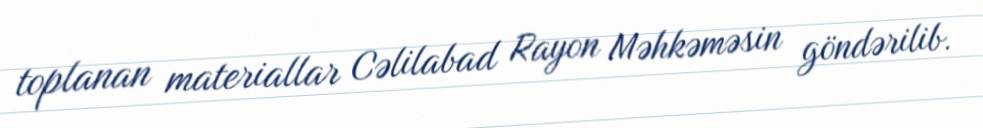
toplanan materiallar Cəlilabad Rayon Məhkəməsin göndərilib.